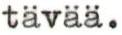
tävää.